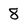
Character: 8